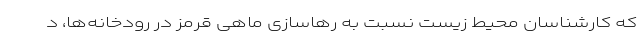
که کارشناسان محیط زیست نسبت به رهاسازی ماهی قرمز در رودخانه‌ها، د